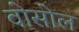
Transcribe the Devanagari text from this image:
वोसोल